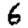
Digit: 6